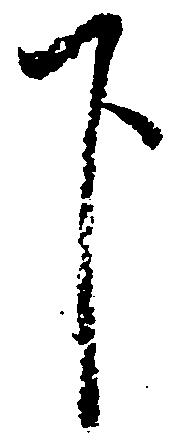
下